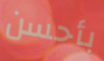
بأحسن